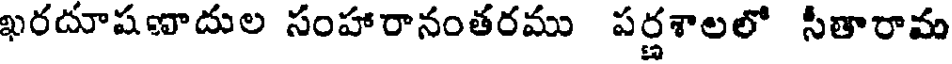
ఖరదూషణాదుల సంహారానంతరము పర్ణశాలలో సీతారామ